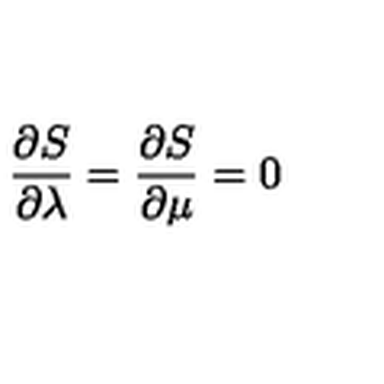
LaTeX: \frac { \partial S } { \partial \lambda } = \frac { \partial S } { \partial \mu } = 0